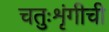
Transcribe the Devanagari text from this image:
चतुःशृंगीची